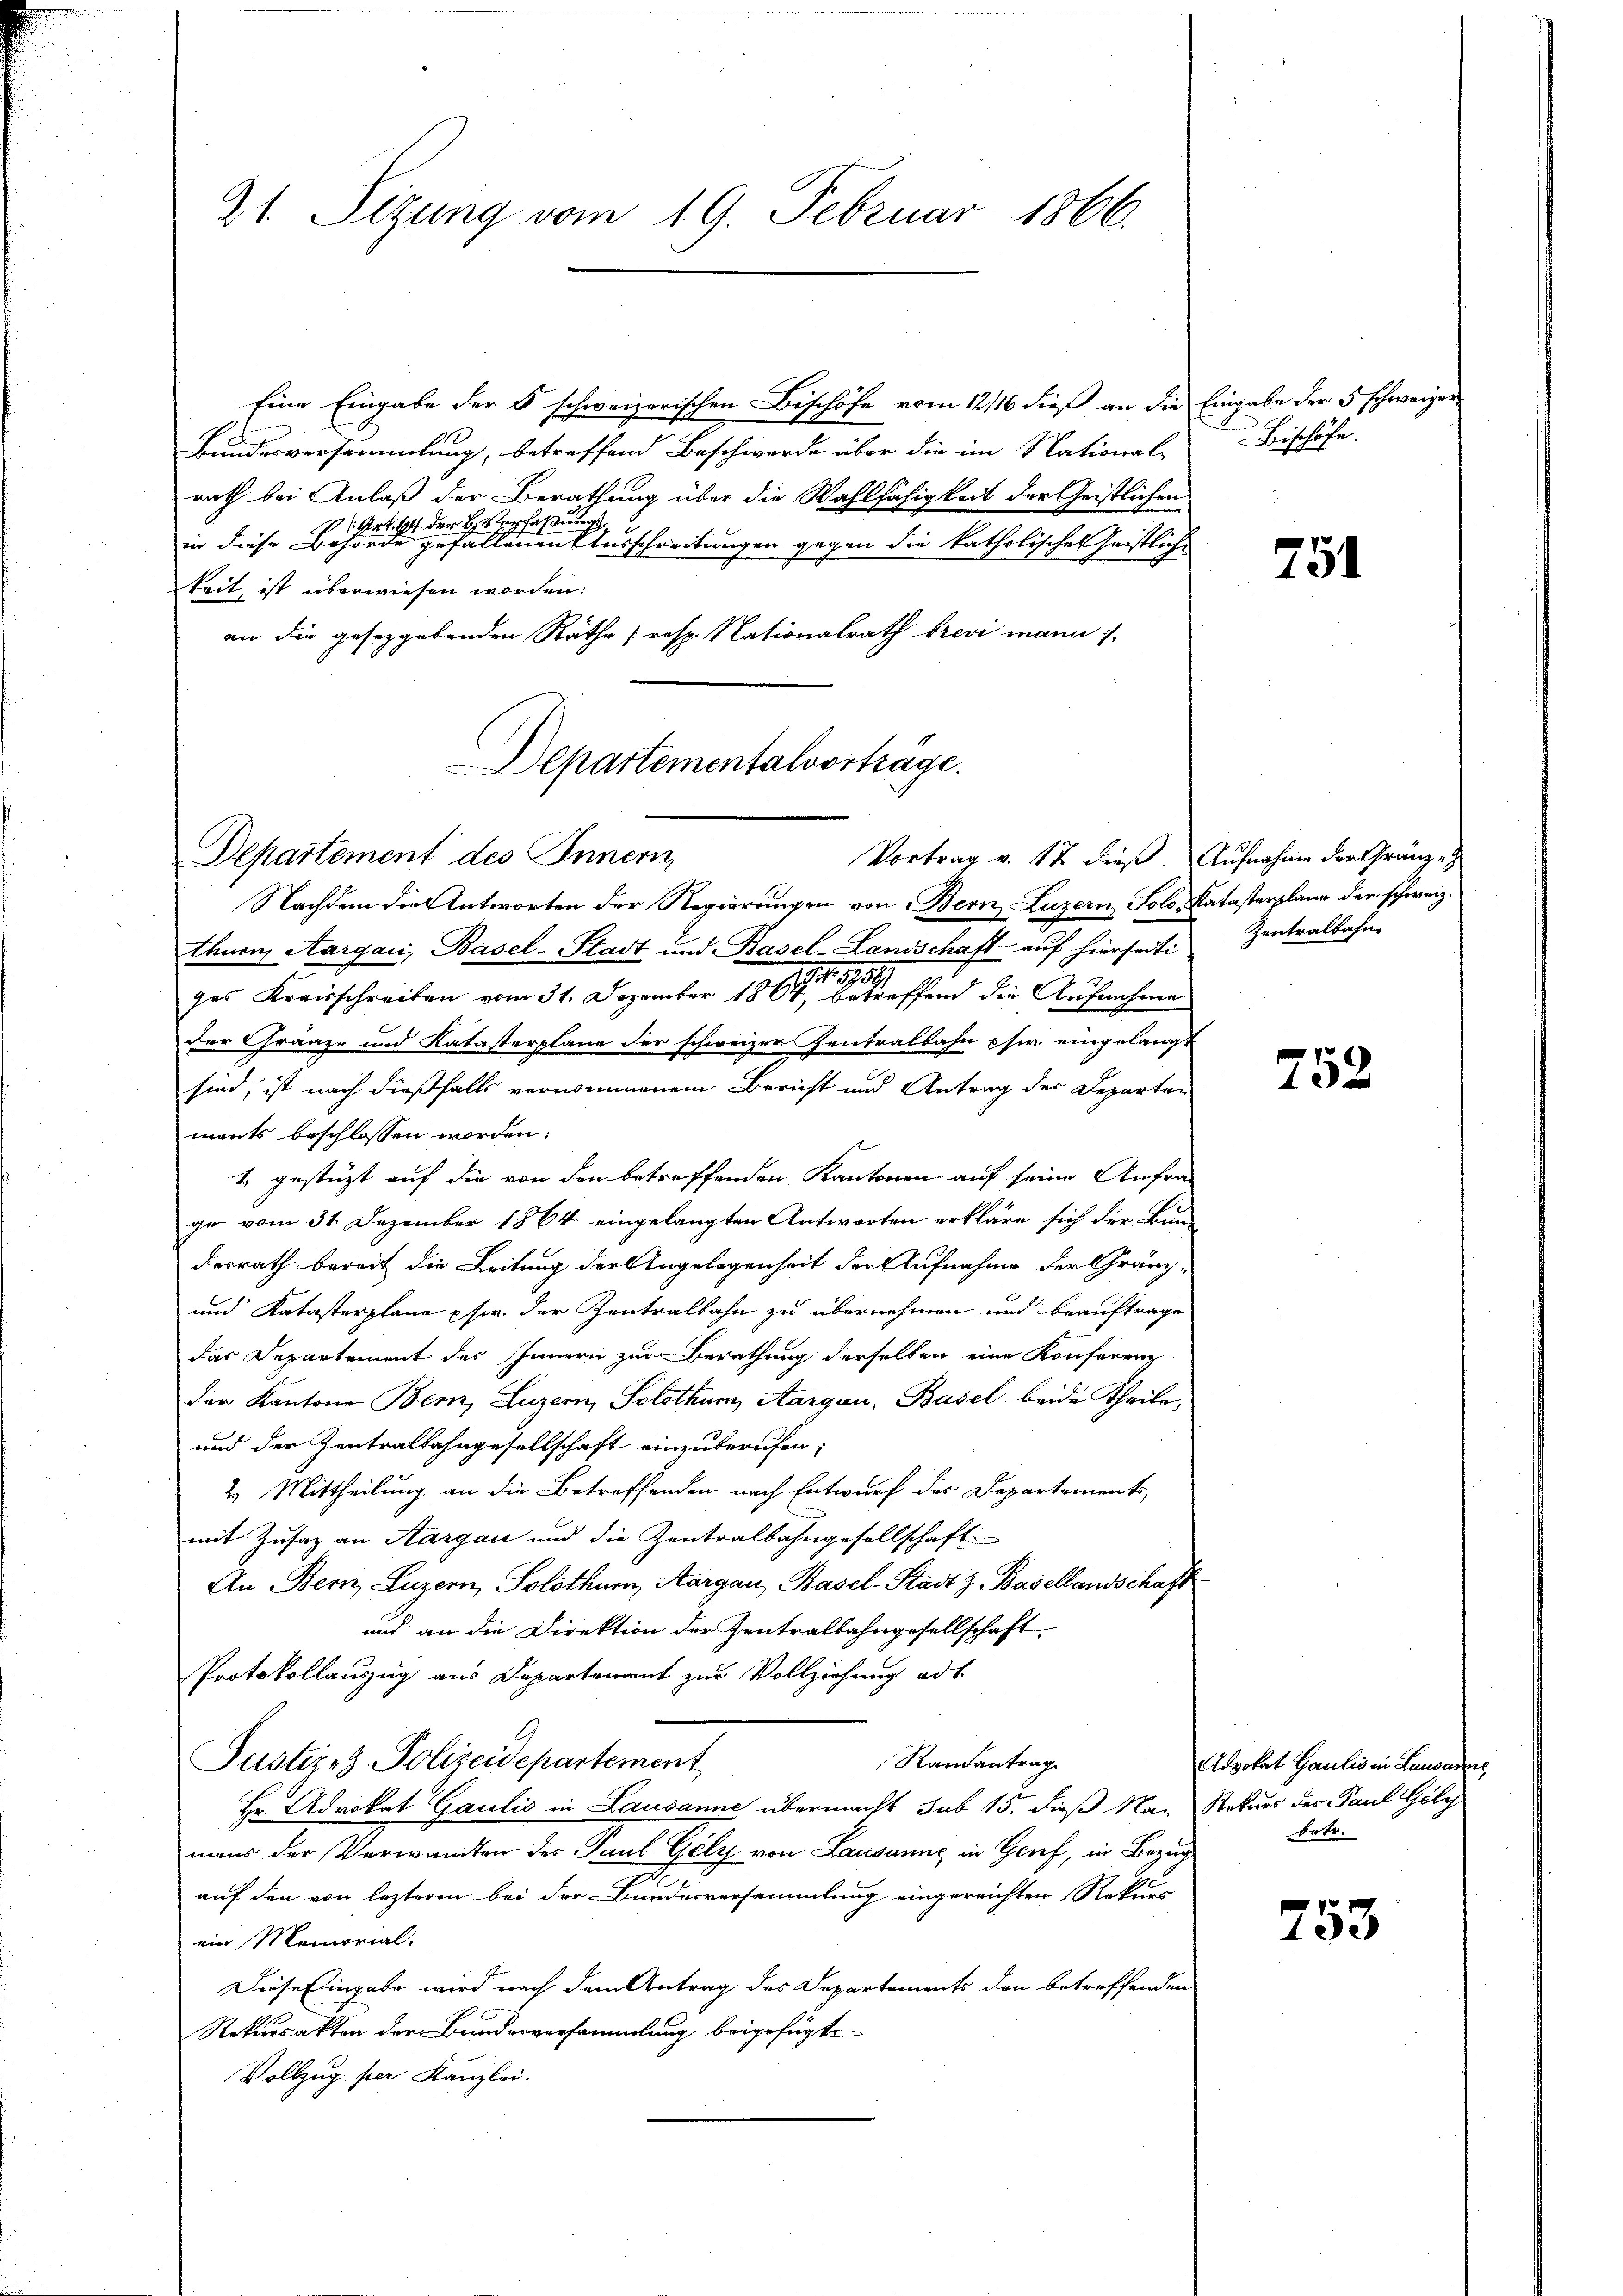
Eine Eingabe der 5 schweizerischen Bischöfe vom 12/16 dieß an die Eingabe der 5 schweizer
Bundesversammlung, betreffend Beschwerde über die im National-
rath bei Anlaß der Berathung über die Wahlfähigkeit der Geistlichen
1 Art. 44 der bis erfassung
J
in diese Behörde gefallenen Ausschreitungen gegen die katholisches Geistliche
keit, ist überwiesen worden:
an die gesetzgebenden Rathe (resp. Nationalrath brevi mann 1.

21. Sitzung vom 19. Februar 1866.

Departementalvorträge.

Vortrag v. 17 dieß. Aufnahme der Gränze

Bischöfe

Departement des Innern,
Nachdem die Antworten der Regierungen von Bern Luzern, Solo, Katasterplane der schweiz.
thurn, Aargau, Basel-Stadt und Basel-Landschaft aŭf hierseiti
ges Kreisschreiben vom 31. Dezember 1864 und die Aufnahme
der Gränze und Katasterplane der schweizer Zentralbahn usw. eingelangt
sind, ist nach dießfalls vernommenem Bericht und Antrag der Departen
mants beschlossen worden:
1 gestüzt auf die von den betreffenden Kantonen auf seine Anfra-
ge vom 31. Dezember 1864 eingelangten Antworten erkläre sich der Bun-
desrath bereit die Leitung der Angelegenheit der Aufnahme der Gränz-
und Katasterplane pfer. der Zentralbahn zu übernehmen und beauftrage
das Departement des Innern zur Berathung derselben eine Konferenz
der Kantone Bern, Luzern, Solothum, Aargau, Basel beide Theile,
und der Zentralbahngesellschaft einzuberufen;
2. Mittheilung an die Betreffenden nach Entwurf der Departements,
mit Zusatz an Aargau und die Zentralbahngesellschaft
An Bern, Luzern, Solothurn, Aargau, Basel-Stadt z. Basellandschaft
und an die Direktion der Zentralbahngesellschaft
Protokollauszug aus Departement zur Vollziehung ad 1.
Randantrag
Justiz- & Polizeidepartement
Hr. Advokat Gaulis in Lausanne übermacht sub 15. dieß Na- Rekurs der Paul Gely
maus der Verwandten des Paul Gely von Lausanne in Genf, in Bezug
auf den von lezteren bei der Bundesversammlung eingereichten Rekurs
ein Memorial-
Diese Eingabe wird nach dem Antrag des Departements den betreffenden
Rekursakten der Bundesversammlung beigefügt
Vollzug per Kanzlei.

751

Zentralbahne

752

Advokat Gaulis in Lausanne
betr.

753